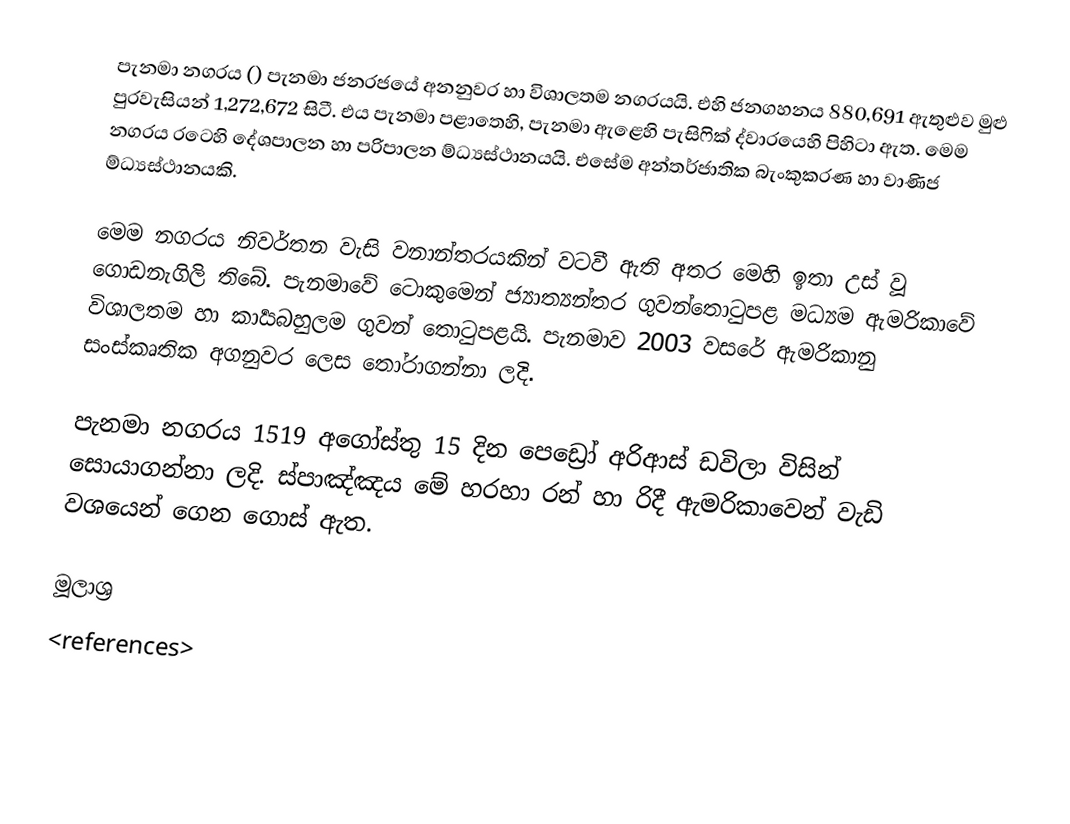
පැනමා නගරය () පැනමා ජනරජයේ අනනුවර හා විශාලතම නගරයයි. එහි ජනගහනය 880,691 ඇතුළුව මුළු පුරවැසියන් 1,272,672 සිටී. එය පැනමා පළාතෙහි, පැනමා ඇළෙහි පැසිෆික් ද්වාරයෙහි පිහිටා ඇත. මෙම නගරය රටෙහි දේශපාලන හා පරිපාලන ම්ධ්‍යස්ථානයයි. එසේම අන්තර්ජාතික බැංකුකරණ හා වාණිජ ම්ධ්‍යස්ථානයකි.

මෙම නගරය නිවර්තන වැසි වනාන්තරයකින් වටවී ඇති අතර මෙහි ඉතා උස් වූ ගොඩනැගිලි තිබේ. පැනමාවේ ටොකුමෙන් ජ්‍යාත්‍යන්තර ගුවන්තොටුපළ මධ්‍යම ඇමරිකාවේ විශාලතම හා කාර්‍යබහුලම ගුවන් තොටුපළයි. පැනමාව 2003 වසරේ ඇමරිකානු සංස්කෘතික අගනුවර ලෙස තෝරාගන්නා ලදි.

පැනමා නගරය 1519 අගෝස්තු 15 දින පෙඩ්‍රෝ අරිආස් ඩවිලා විසින් සොයාගන්නා ලදි. ස්පාඤ්ඤය මේ හරහා රන් හා රිදී ඇමරිකාවෙන් වැඩි වශයෙන් ගෙන ගොස් ඇත.

මූලාශ්‍ර
<references>